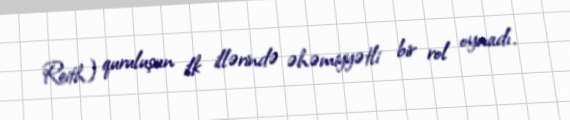
Reith) quruluşun ilk illərində əhəmiyyətli bir rol oynadı.